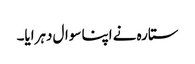
ستارہ نے اپنا سوال دہرایا۔